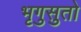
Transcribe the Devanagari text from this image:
भृगुसुतो